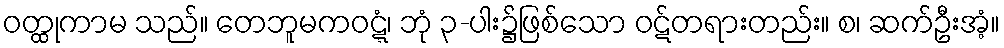
ဝတ္ထုကာမ သည်။ တေဘူမကဝဋ္ဋံ၊ ဘုံ ၃-ပါး၌ဖြစ်သော ဝဋ်တရားတည်း။ စ၊ ဆက်ဦးအံ့။